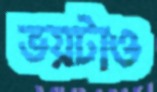
ভয়টাও